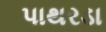
પાથરડા